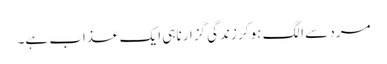
مرد سے الگ ہو کر زندگی گزارنا ہی ایک عذاب ہے۔